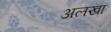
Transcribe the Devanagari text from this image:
अलखा